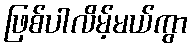
ဖြစ်ပါလိမ့်မယ်ကွာ